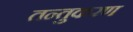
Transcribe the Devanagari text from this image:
तन्तुकरण